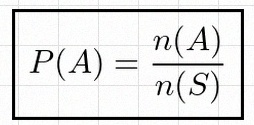
P(A)=\frac{n(A)}{n(S)}